Civil Veterinary Department Bengal reports 1933-51 - 1933-1951
Year: 1933
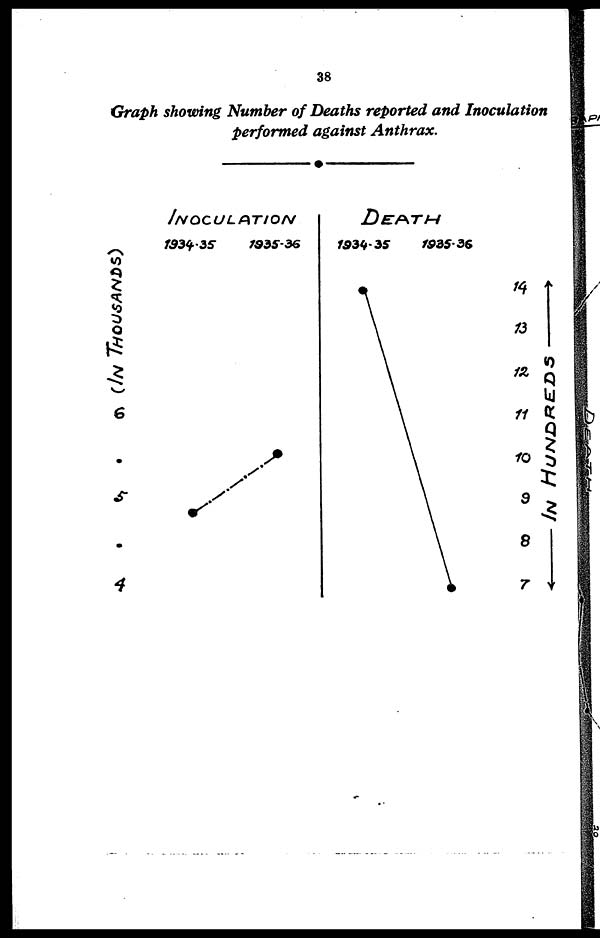
38
Graph showing Number of Deaths reported and Inoculation
performed against Anthrax.